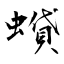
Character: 蟘